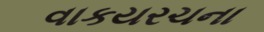
વાકયરચના